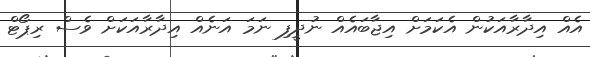
އެއް އިދާރާއަކުން އެކަމަށް އިޖާބައެއް ނުދީފި ނަމަ އަނެއް އިދާރާއަކަށް ވެސް ރިޕޯޓް